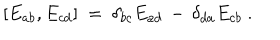
[ E _ { a b } , E _ { c d } ] ~ = ~ \delta _ { b c } E _ { a d } \, - \, \delta _ { d a } E _ { c b } ~ .